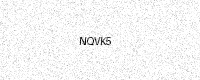
Text: NQVK5